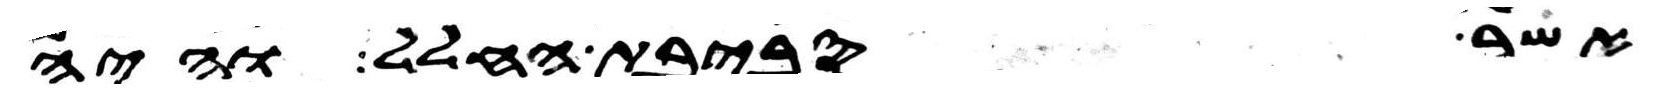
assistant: אשר סביבת החלל והיה